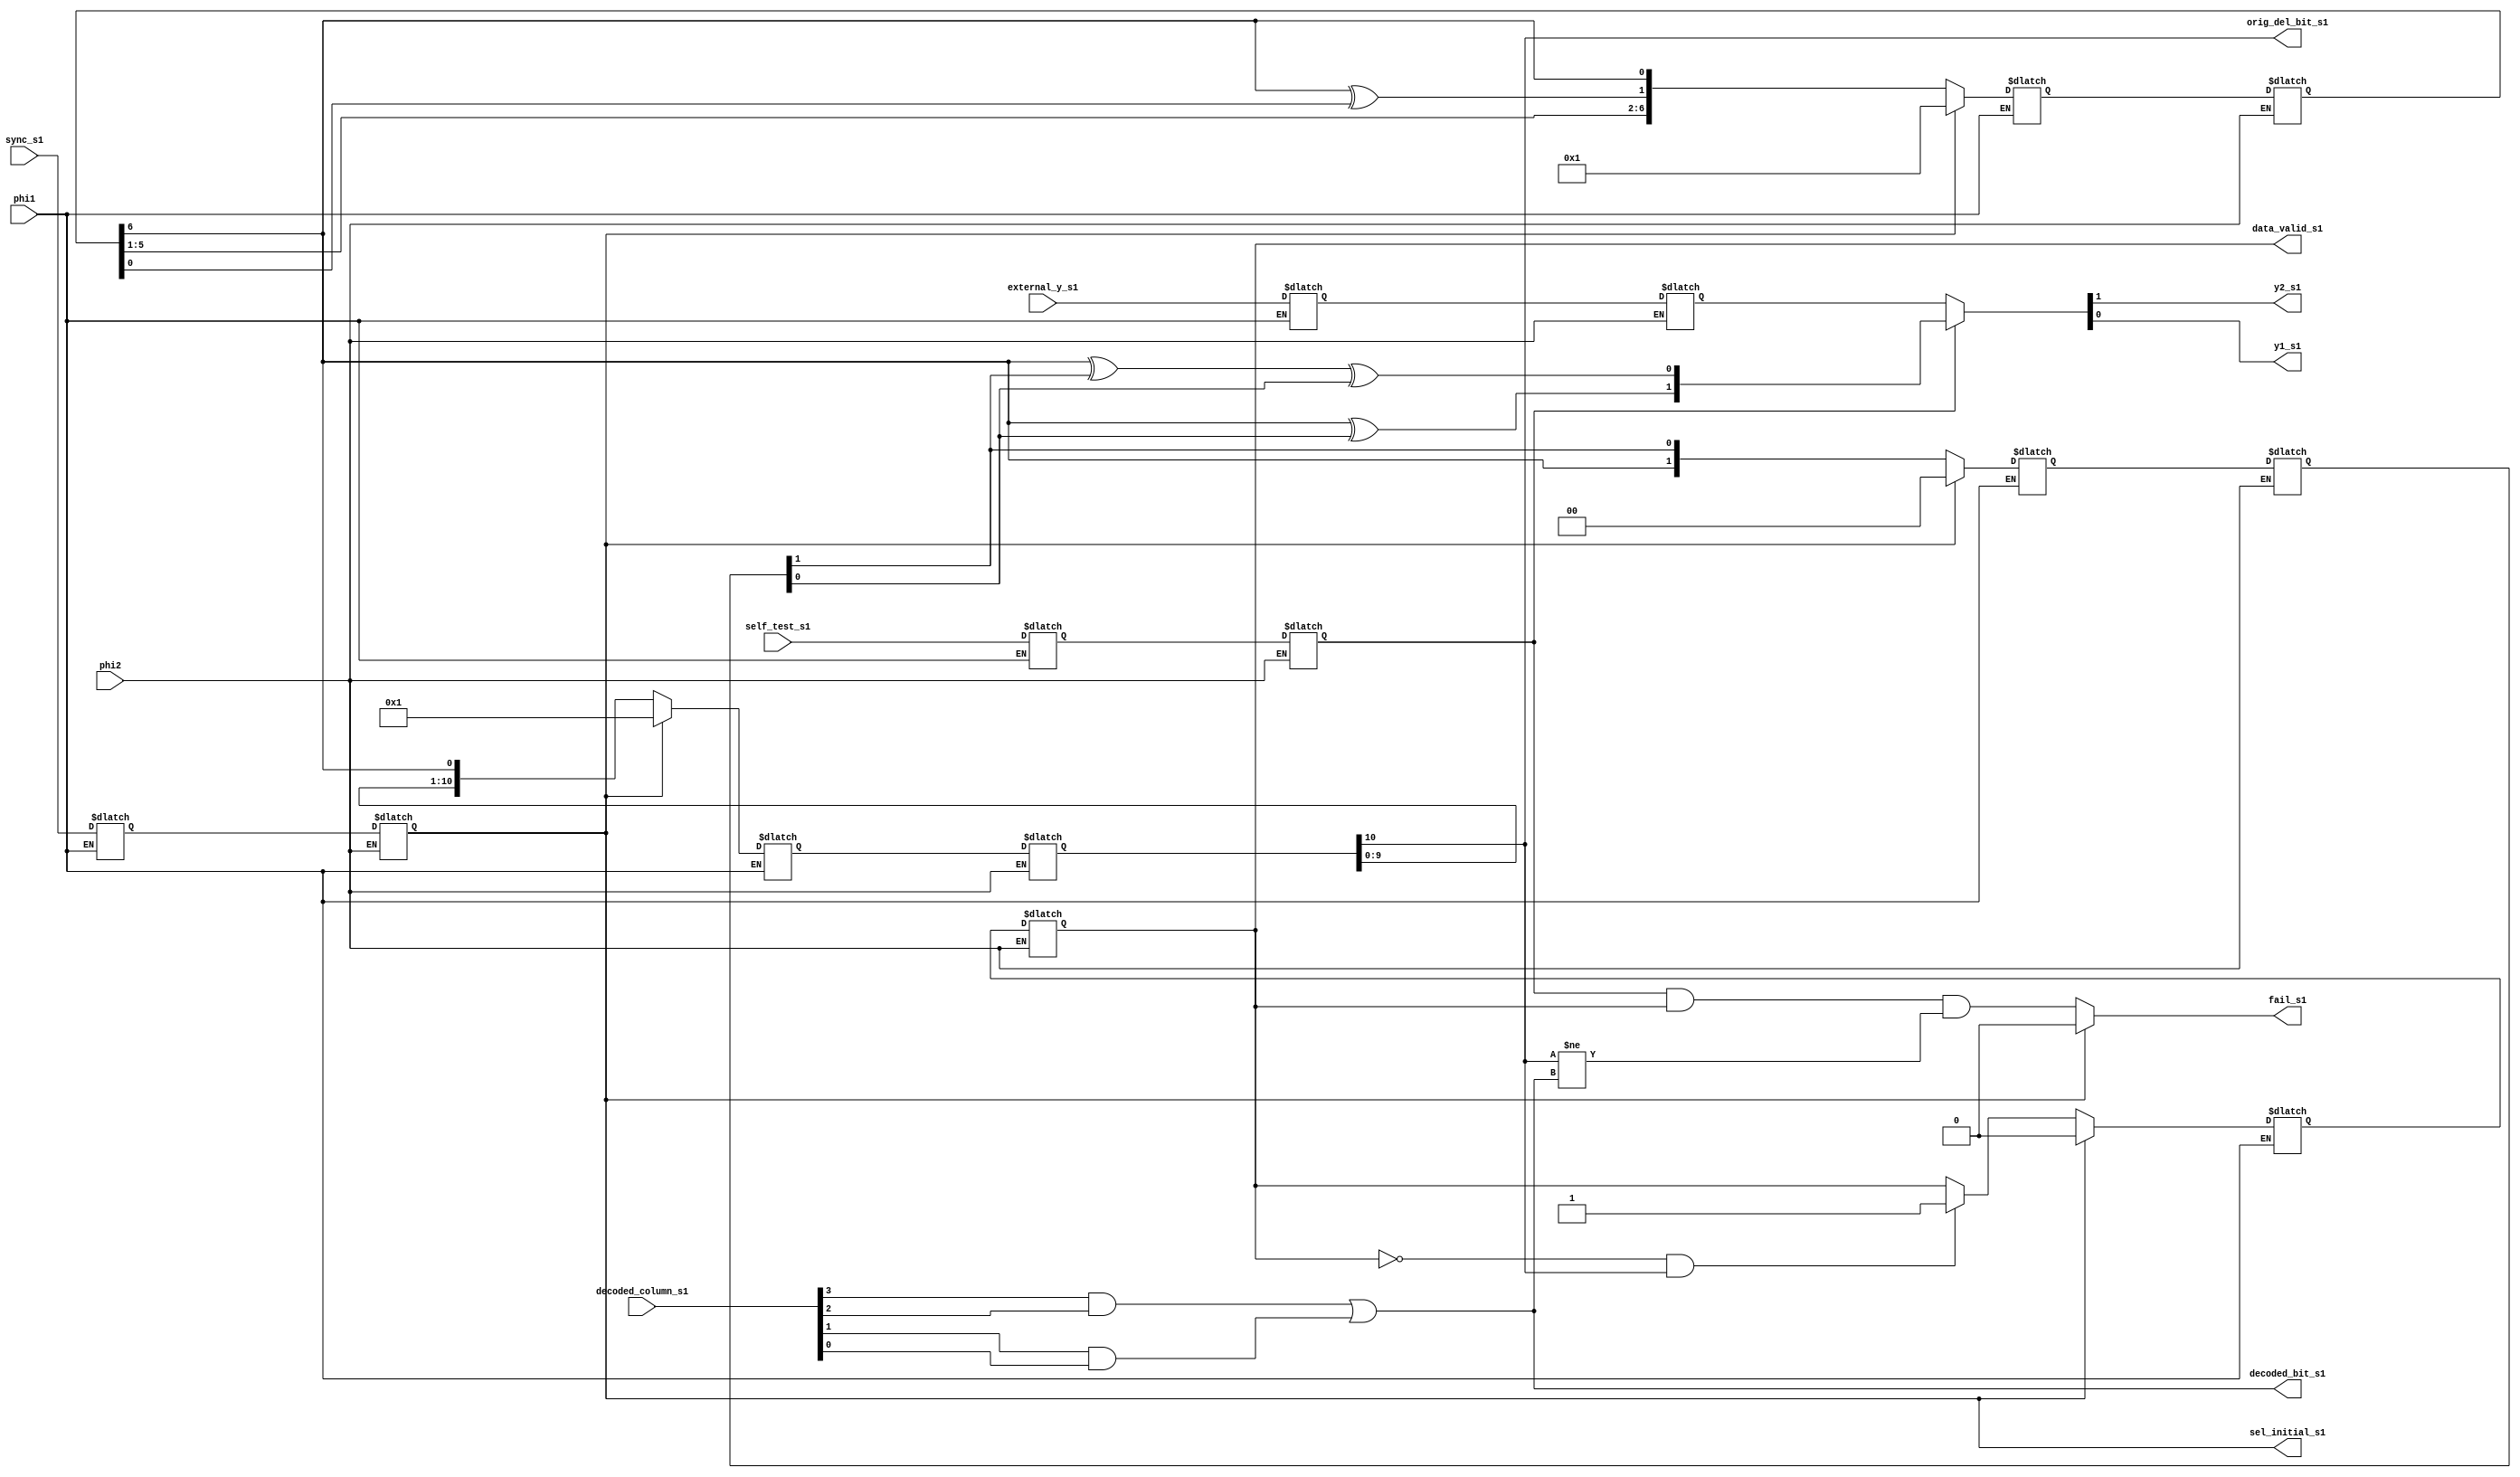
////////////////////////////////////////////////////////////////////////////
// Module controller.v 
// Hierarchy: chip_core.v
// Module function: 
//  Module controller.v provides several functions:
//    - provides the parallel load signal to  ACS units with sel_initial_s1 
//    - generates data_valid_s1 signal to indicate the valid decoded bits
//    - generates and encodes the bit sequence when in self-test mode 
//    
// Revision history:
//   Fri Jan 22 1999 16:19:33 - 19:50:04 (created)
//   Sat Feb 13 1999 01:52:02 (removed branch metrics)
/////////////////////////////////////////////////////////////////////////////

module controller(sync_s1,self_test_s1,decoded_column_s1, external_y_s1,
                  sel_initial_s1,data_valid_s1,fail_s1,orig_del_bit_s1,
                  decoded_bit_s1, y2_s1,y1_s1,phi1,phi2);
//////////////////////////////////////////////////////////////////////////////

input       sync_s1;                 // puts the decoder into the initial state on the start of
                                     // the burst sequence
input       self_test_s1;            // puts the decoder in the self-test mode

input [3:0] decoded_column_s1;       // The decoded bit is determined from the 
			                               // decoded column and in the self test mode,
                                     // compared with the original bit generated
                                     // by the pseudo-random generator
input [1:0] external_y_s1;           // y2y1 encoded bits comming from the pins

input       phi1,
            phi2;

output      sel_initial_s1;          // generated to initialize the ACS unit at the
reg         sel_initial_s1;          // begining of the sequence, by sampling the input sync signal.

output      data_valid_s1;           // Active high when decoded bits appear at the
reg         data_valid_s1;           // output of SPU

output      fail_s1;                 // Active high when, in self-test mode, original_bit_s1
                                     // differs from the decoded_bit_s1

output      decoded_bit_s1;

output      orig_del_bit_s1;         // The delayed output of the pseudo_random generator
    

output      y2_s1, y1_s1;


/////////////////// Input latching //////////////////////////////////////////
reg	          sync_s2,
              self_test_s2,
              self_test_l_s1;

reg  [1:0]    external_y_s2,
              external_yl_s1;
 
always @ (phi1 or sync_s1 or self_test_s1 or external_y_s1)
	if (phi1)
          begin
	          sync_s2 = sync_s1;
            self_test_s2 = self_test_s1;
            external_y_s2 = external_y_s1;
          end

always @ (phi2 or sync_s2 or self_test_s2 or external_y_s2 )
	if (phi2)
            begin
	            sel_initial_s1 = sync_s2;
              self_test_l_s1 = self_test_s2;
              external_yl_s1 = external_y_s2;
            end


///////////////////////// Shift Register /////////////////////////////////////

wire   [10:0] shift_in_s1;
reg    [10:0] shift_in_s2,
              shift_out_s1;

wire          orig_bit_s1;
wire          data_valid_in_s1;
reg           data_valid_s2;
	
// When sel_initial is high shift register is initialized to 1 and  shifts
// out 1 after 11 cycles which is going to trigger the data valid
// signal. Besides that, when in self-test mode, it delays the original bits
// of the pseudo random generator, needed for the comparison with the decoded
// bits from SPU.

assign shift_in_s1 =  sel_initial_s1 ? {10'b0,1'b1} : {shift_out_s1[9:0],orig_bit_s1};

///////////////////////////////////////////////////////////////////////////////

                                    
always @(phi1 or shift_in_s1)
     if (phi1)
         shift_in_s2 = shift_in_s1;

always @(phi2 or shift_in_s2)
     if (phi2)
         shift_out_s1 = shift_in_s2;           

assign orig_del_bit_s1 = shift_out_s1[10];

// In the cycle prior to the first bit of the sequence sync_s1 is sampled
// into sel_initial_s1. sel_initial_s1 deasserts data_valid_s1 and asserts
// it eleven cycles later as the first one is being shifted out of the
// shift register. Once data_valid_s1 is asserted it can be deasserted
// only with sel_initial_s1

assign data_valid_in_s1 =  sel_initial_s1 ? 0 : 
        ( (!data_valid_s1 & shift_out_s1[10]) ? 1 : data_valid_s1);
        
always @(phi1 or data_valid_in_s1)
      if (phi1)
        data_valid_s2 = data_valid_in_s1;

always @(phi2 or data_valid_s2)
      if (phi2)
        data_valid_s1 = data_valid_s2;


//////////////////////// Pseudo-Random Generator /////////////////////////////

// This part implements 7 bit long PSR Gen. (100000)

wire [6:0] pseudo_in_s1;
reg  [6:0] pseudo_in_s2,
           pseudo_out_s1;

assign pseudo_in_s1 = sel_initial_s1 ? {6'b0,1'b1} : 
      {pseudo_out_s1[5:1],pseudo_out_s1[6] ^ pseudo_out_s1[0],pseudo_out_s1[6]};
 
always @(phi1 or pseudo_in_s1)
      if (phi1)
        pseudo_in_s2 = pseudo_in_s1;

always @(phi2 or pseudo_in_s2)
      if (phi2)
        pseudo_out_s1 = pseudo_in_s2;

assign orig_bit_s1 = pseudo_out_s1[6];


///////////////////////// Convolutional Encoder //////////////////////////////

// 1/2, constraint size 3 convolutional encoder is implemented in this section
// with generator polynomials (5,7) : (1+D^2,1+D+D^2), "+" => xor

wire [1:0] enc_state_in_s1;
reg  [1:0] enc_state_s1, enc_state_s2;
wire       self_test_y1_s1,               // encoded outputs for self-test mode
           self_test_y2_s1;

assign enc_state_in_s1 = sel_initial_s1 ? 2'b00 : {orig_bit_s1,enc_state_s1[1]};

always @(phi1  or enc_state_in_s1)
       if (phi1)
          enc_state_s2 = enc_state_in_s1;
    
always @(phi2 or  enc_state_s2)
       if (phi2)
          enc_state_s1 = enc_state_s2;
    
assign self_test_y2_s1 = orig_bit_s1 ^                   enc_state_s1[0];
assign self_test_y1_s1 = orig_bit_s1 ^ enc_state_s1[1] ^ enc_state_s1[0];

///////////////////////////////////////////////////////////////////////////////

assign {y2_s1,y1_s1} = self_test_l_s1 ? {self_test_y2_s1,self_test_y1_s1} : external_yl_s1;


//////////////////////////// Self-Test ///////////////////////////////////////

// majority function (can be just decoded_column_s1[0], but we will try
// the majority function in order to decrease the error rate

assign decoded_bit_s1 = (decoded_column_s1[3] & decoded_column_s1[2]) | 
                        (decoded_column_s1[1] & decoded_column_s1[0]);

// fail_s1 is valid signal only when in self_test mode
 
assign fail_s1 = sel_initial_s1 ? 0:
                 self_test_l_s1 & data_valid_s1 & (orig_del_bit_s1 != decoded_bit_s1);

// When sel_initial_s1 is high fail_s1 is low. fail is deasserted in
// free-run mode and also in self_test mode before data_valid goes high.
//////////////////////////////////////////////////////////////////////////////
endmodule